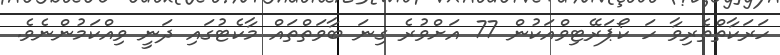
ހަރަކާތްތެރިވާ ހަ ކޯޕަރޭޓިވްއަކުން 77 އަށްވުރެ ގިނަ ބާވަތްތައް މާކެޓުގައި ދަނީ ވިއްކަމުންނެވެ.